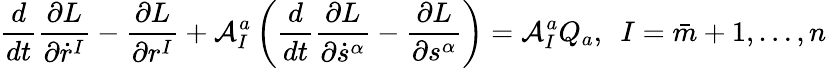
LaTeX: \frac{d}{dt}\frac{\partial L}{\partial\dot{r}^{I}}-\frac{\partial L}{\partial r^{I}}+\mathcal{A}_{I}^{a}\left(\frac{d}{dt}\frac{\partial L}{\partial\dot{s}^{\alpha}}-\frac{\partial L}{\partial s^{\alpha}}\right)=\mathcal{A}_{I}^{a}Q_{a},\ \ I=\bar{m}+1,\ldots,n